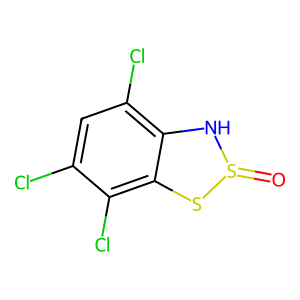
SMILES: O=S1Nc2c(Cl)cc(Cl)c(Cl)c2S1
Inhibits HIV replication: No